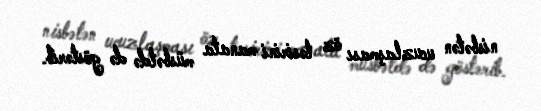
nisbətən ucuzlaşması öz təsirini manata müsbətdə də göstərib.